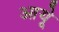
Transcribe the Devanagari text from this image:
आयूे